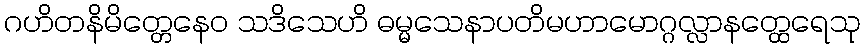
ဂဟိတနိမိတ္တေနေဝ သဒိသေဟိ ဓမ္မသေနာပတိမဟာမောဂ္ဂလ္လာနတ္ထေရေသု